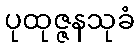
ပုထုဇ္ဇနသုခံ